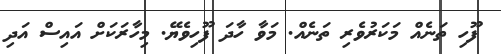
ފޫހި ތަނެއް މަކަރުވެރި ތަނެއް. މަވާ ހާދަ ފޫހިވެޔޭ. މިހާރަކަށް އައިސް އަދި